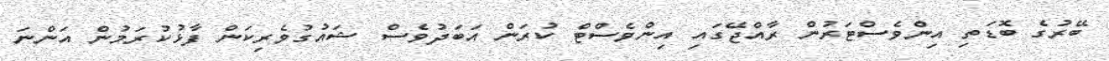
ބޭރުގެ ބޮޑަތި އިންވެސްޓަރުން ރާއްޖޭގައި އިންވެސްޓް ކުރަން އަބަދުވެސް ޝައުގުވެރިކަން ފާޅުކުރަމުން އަންނަ